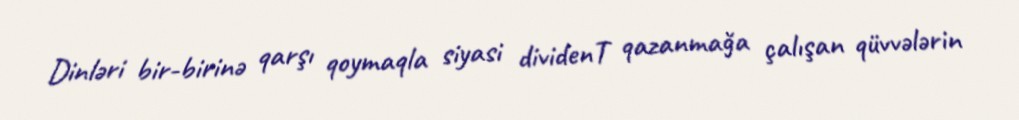
Dinləri bir-birinə qarşı qoymaqla siyasi dividenT qazanmağa çalışan qüvvələrin